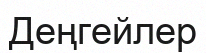
Деңгейлер